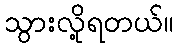
သွားလို့ရတယ်။